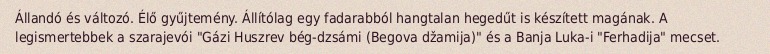
Állandó és változó. Élő gyűjtemény. Állítólag egy fadarabból hangtalan hegedűt is készített magának. A legismertebbek a szarajevói "Gázi Huszrev bég-dzsámi (Begova džamija)" és a Banja Luka-i "Ferhadija" mecset.